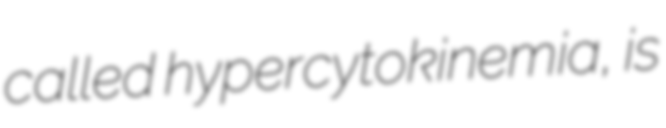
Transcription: called hypercytokinemia, is